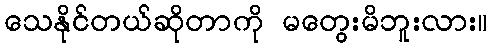
သေနိုင်တယ်ဆိုတာကို မတွေးမိဘူးလား။